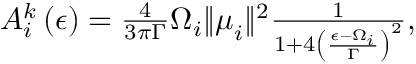
\begin{array} { r } { A _ { i } ^ { k } \left( \epsilon \right) = \frac { 4 } { 3 \pi \Gamma } \Omega _ { i } \lVert \boldsymbol { \mu } _ { i } \rVert ^ { 2 } \frac { 1 } { 1 + 4 \left( \frac { \epsilon - \Omega _ { i } } { \Gamma } \right) ^ { 2 } } , } \end{array}